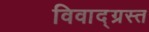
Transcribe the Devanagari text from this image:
विवाद्ग्रस्त